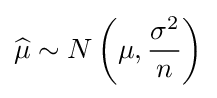
{\widehat {\mu }}\sim N\left(\mu ,{\frac {\sigma ^{2}}{n}}\right)